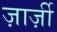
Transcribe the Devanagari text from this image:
ज़ार्ज़ी